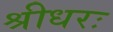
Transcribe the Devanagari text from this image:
श्रीधरः